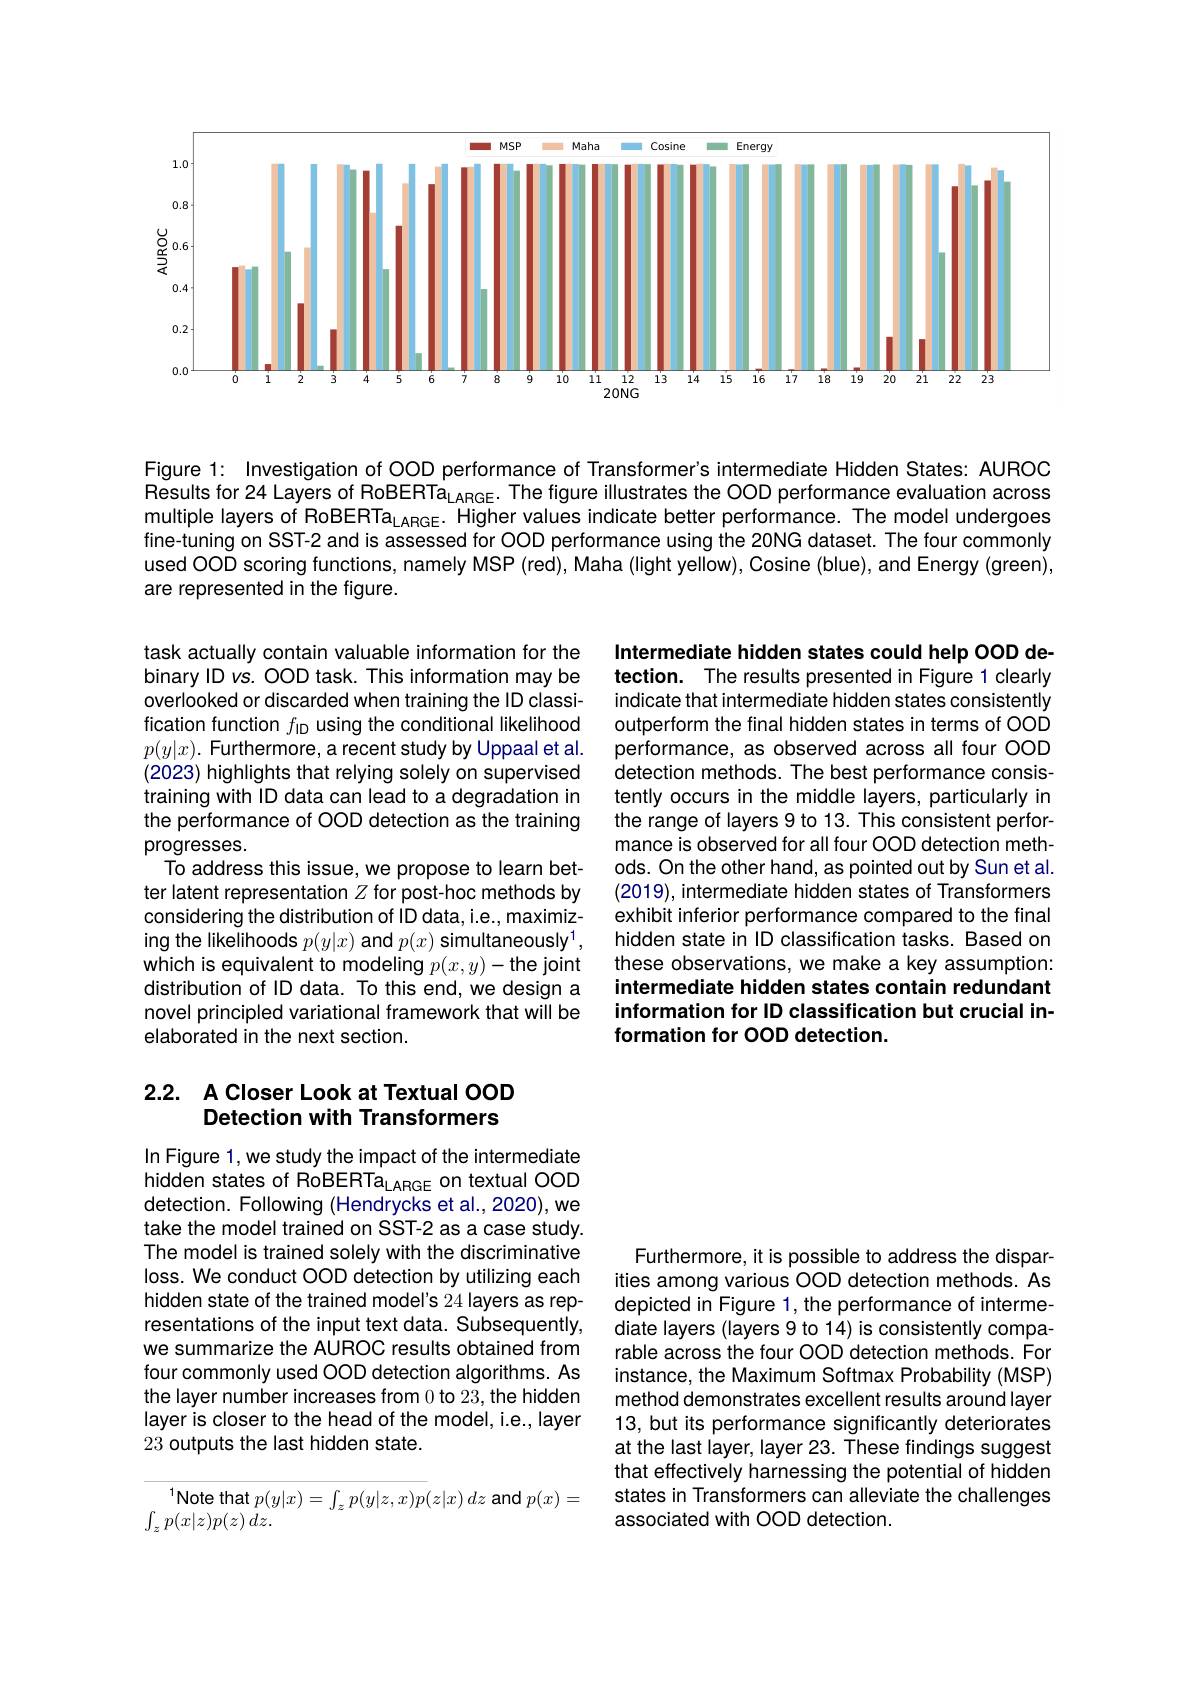
<FigureHere>

Figure 1: Investigation of OOD performance of Transformer's intermediate Hidden States: AUROC Results for 24 Layers of RoBERTa$_\mathrm{LARGE}.$ The figure illustrates the OOD performance evaluation across multiple layers of RoBERTa$_{\mathrm{LARGE}}$. Higher values indicate better performance. The model undergoes fine-tuning on SST-2 and is assessed for OOD performance using the 20NG dataset. The four commonly used OOD scoring functions, namely MSP (red), Maha (light yellow), Cosine (blue), and Energy (green), are represented in the figure.

task actually contain valuable information for the binary ID vs. OOD task. This information may be overlooked or discarded when training the ID classification function $f_\mathrm{ID}$ using the conditional likelihood $p(y|x).$ Furthermore, a recent study by Uppaal et al. (2023) highlights that relying solely on supervised training with ID data can lead to a degradation in the performance of OOD detection as the training progresses.
To address this issue, we propose to learn better latent representation $Z$ for post-hoc methods by considering the distribution of ID data, i.e., maximizing the likelihoods $p(y|x)$ and $p(x)\textbf{simultaneously}^1$, which is equivalent to modeling $p(x,y)-$the joint distribution of ID data. To this end, we design a novel principled variational framework that will be elaborated in the next section.

Intermediate hidden states could help OOD detection. The results presented in Figure 1 clearly indicate that intermediate hidden states consistently outperform the final hidden states in terms of OOD performance, as observed across all four OOD detection methods. The best performance consistently occurs in the middle layers, particularly in the range of layers 9 to 13. This consistent performance is observed for all four OOD detection methods. On the other hand, as pointed out by Sun et al. (2019), intermediate hidden states of Transformers exhibit inferior performance compared to the final hidden state in ID classification tasks. Based on these observations, we make a key assumption: intermediate hidden states contain redundant information for ID classification but crucial information for OOD detection.

## 2.2. A Closer Look at Textual OOD Detection with Transformers

In Figure 1, we study the impact of the intermediate hidden states of RoBERTa$_\mathrm{LARGE}$ on textual OOD detection. Following (Hendrycks et al., 2020), we take the model trained on SST-2 as a case study. The model is trained solely with the discriminative loss. We conduct OOD detection by utilizing each hidden state of the trained model's 24 layers as representations of the input text data. Subsequentiy, we summarize the AUROC results obtained from four commonly used OOD detection algorithms. As the layer number increases from 0 to 23, the hidden layer is closer to the head of the model, i.e., layer 23 outputs the last hidden state.

Furthermore, it is possible to address the disparities among various OOD detection methods. As depicted in Figure 1, the performance of intermediate layers (layers 9 to 14) is consistently comparable across the four OOD detection methods. For instance, the Maximum Softmax Probability (MSP) method demonstrates excellent results around layer 13, but its performance significantly deteriorates at the last layer, layer 23. These findings suggest that effectively harnessing the potential of hidden states in Transformers can alleviate the challenges associated with OOD detection.

$^{1}$Note that$p(y|x)=\int_zp(y|z,x)p(z|x)dz$and$p(x)=$
$\int _{z}p( x| z) p( z)$ $dz.$